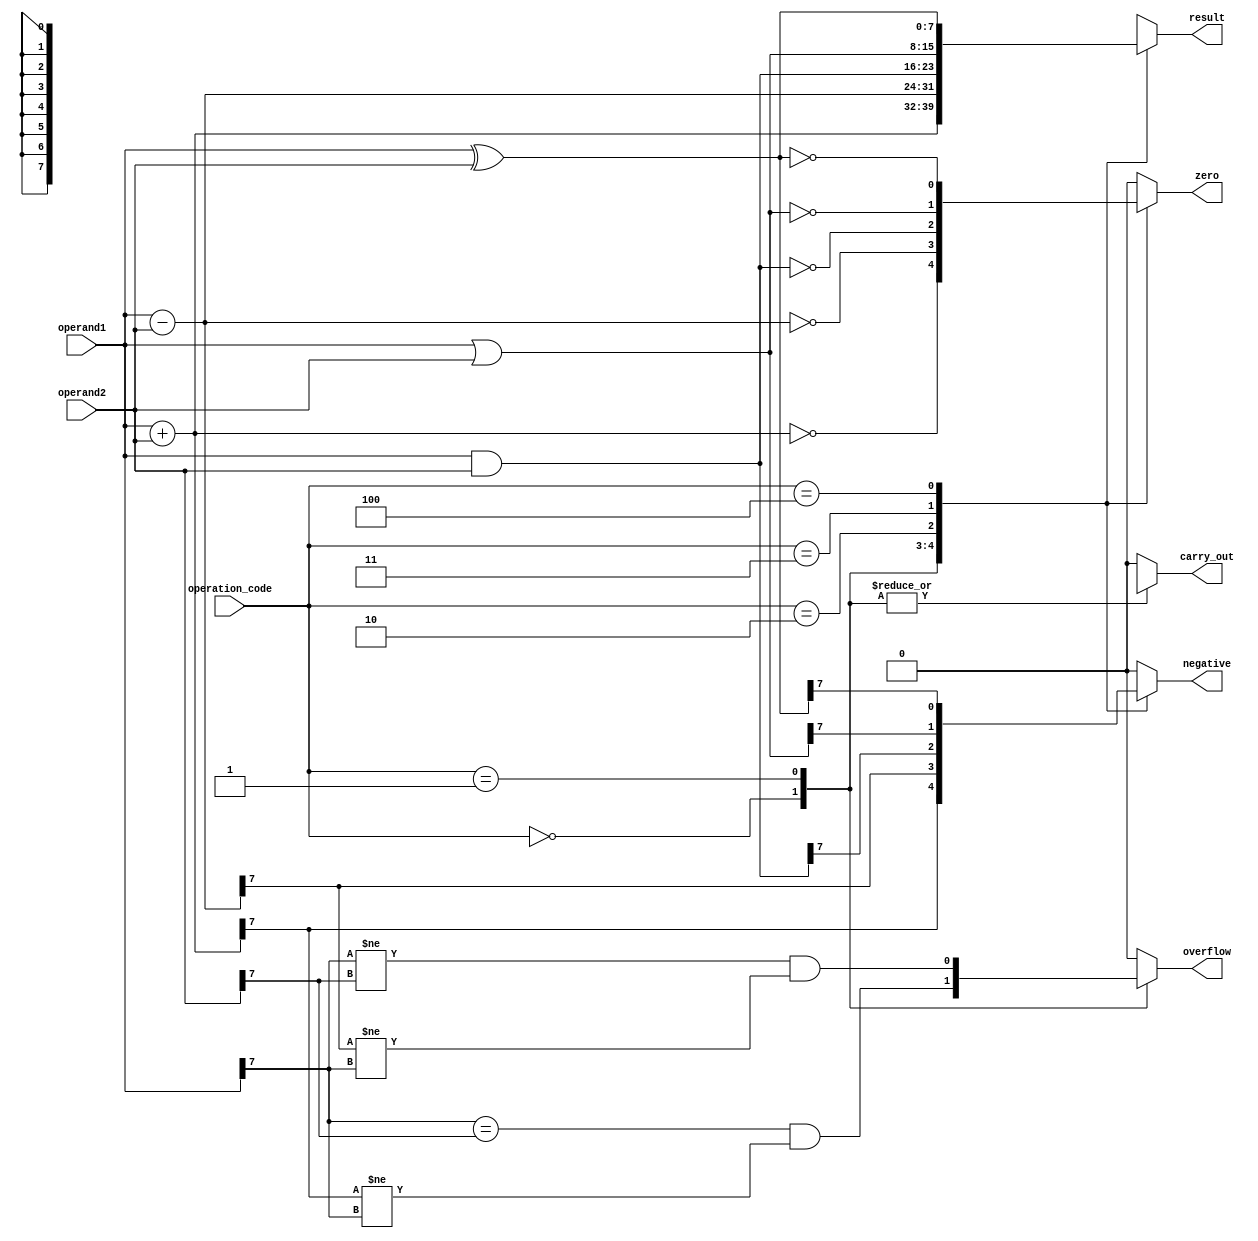
module ALU (
    input [7:0] operand1,
    input [7:0] operand2,
    input [2:0] operation_code,
    output [7:0] result,
    output carry_out,
    output overflow,
    output zero,
    output negative
);

reg [7:0] result;
reg carry_out, overflow, zero, negative;

always @(*) begin
    case(operation_code)
        3'b000: begin // addition
            result = operand1 + operand2;
            carry_out = (result[8] == 1);
            overflow = (operand1[7] == operand2[7] && result[7] != operand1[7]);
            zero = (result == 8'b00000000);
            negative = (result[7]);
        end
        3'b001: begin // subtraction
            result = operand1 - operand2;
            carry_out = (result[8] == 0);
            overflow = (operand1[7] != operand2[7] && result[7] != operand1[7]);
            zero = (result == 8'b00000000);
            negative = (result[7]);
        end
        3'b010: begin // AND
            result = operand1 & operand2;
            carry_out = 0;
            overflow = 0;
            zero = (result == 8'b00000000);
            negative = (result[7]);
        end
        3'b011: begin // OR
            result = operand1 | operand2;
            carry_out = 0;
            overflow = 0;
            zero = (result == 8'b00000000);
            negative = (result[7]);
        end
        3'b100: begin // XOR
            result = operand1 ^ operand2;
            carry_out = 0;
            overflow = 0;
            zero = (result == 8'b00000000);
            negative = (result[7]);
        end
        default: begin
            result = 8'bxxxxxxxx; // error condition
            carry_out = 0;
            overflow = 0;
            zero = 0;
            negative = 0;
        end
    endcase
end

endmodule